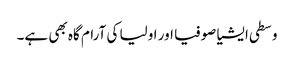
وسطی ایشیا صوفیا اور اولیا کی آرام گاہ بھی ہے۔